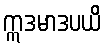
ဣဒမာဒပယိ